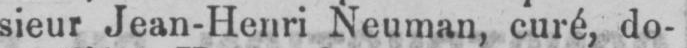
sieur Jean-Henri Neuman, curé do-